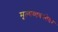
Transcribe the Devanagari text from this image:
मूल्यव्यवस्थेवर